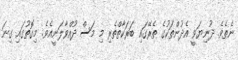
ނެތެވެ. ދުނިޔަވީ އެދުންތަކުގެ ތެރޭގައި ބަރަކާތްތެރި މި މަސް ދުއްވާލަނީއެވެ. މިގޮތުގައި ގިނަ